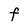
Character: F